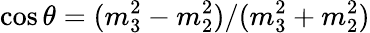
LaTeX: \cos\theta=(m_{3}^{2}-m_{2}^{2})/(m_{3}^{2}+m_{2}^{2})